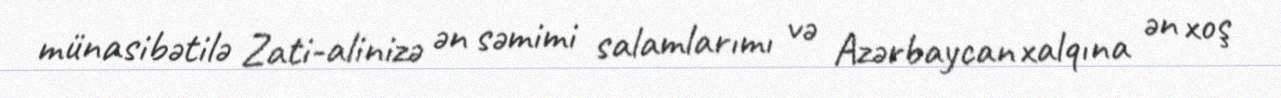
münasibətilə Zati-alinizə ən səmimi salamlarımı və Azərbaycan xalqına ən xoş